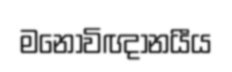
මනෝවිඥානයීය